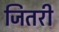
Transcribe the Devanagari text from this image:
जितरी